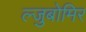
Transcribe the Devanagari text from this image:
ल्जुबोमिर